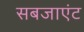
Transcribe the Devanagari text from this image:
सबजाएंट